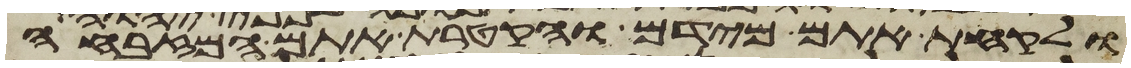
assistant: ולקחת אתם מידם והקטרת אתם המזבחה